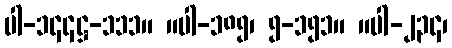
ပါ-၁၄၄ဋ္ဌ-၁၁၁။ ။ပါ-၁၈၅၊ ၅-၁၅၁။ ။ပါ-၂၃၄၊